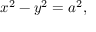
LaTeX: x ^ { 2 } - y ^ { 2 } = a ^ { 2 } ,